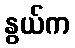
နွယ်က